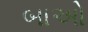
બાઓ